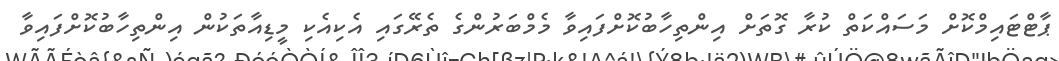
ޕާޓްޓައިމްކޮށް މަސައްކަތް ކުރާ ގޮތަށް އިންތިހާބުކޮށްފައިވާ މެމްބަރުންގެ ތެރޭގައި އެކިއެކި މީޑިއާތަކުން އިންތިހާބުކޮށްފައިވާ